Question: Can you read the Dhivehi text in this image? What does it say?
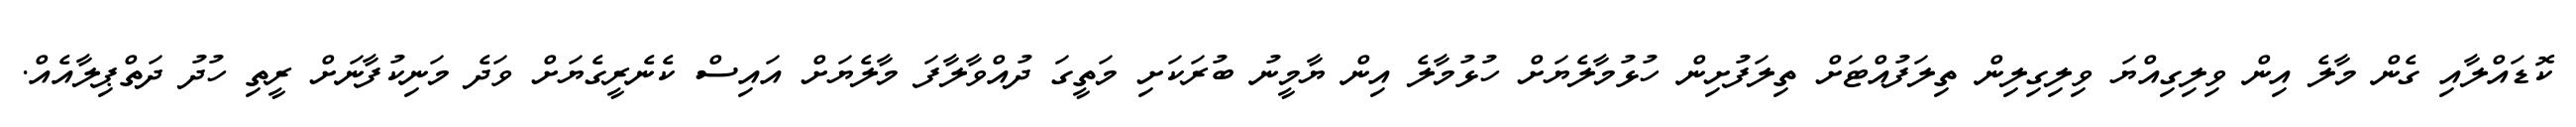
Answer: ކޮޑައްލާއި ގެން މާލެ އިން ވިލިގިއްޔަ ވިލިގިލިން ތިލަފުއްޓަށް ތިލަފުށިން ހުޅުމާލެޔަށް ހުޅުމާލެ އިން ޔާމީނު ބުރަކަށި މަތީގަ ދުއްވާލާފަ މާލެޔަށް އައިސް ކެނެރީގެޔަށް ވަދެ މަނިކުފާނަށް ރީތި ހުދު ދަތްޕިލާއެއް.